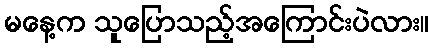
မနေ့က သူပြောသည့်အကြောင်းပဲလား။